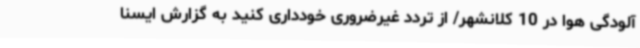
آلودگی هوا در 10 کلانشهر/ از تردد غیرضروری خودداری کنید به گزارش ایسنا